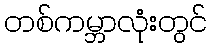
တစ်ကမ္ဘာလုံးတွင်